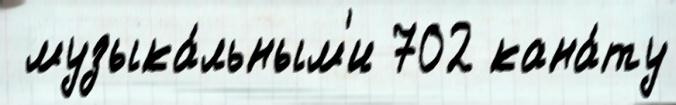
 музыка́льным'и 702 кана́ту